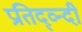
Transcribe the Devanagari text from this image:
प्रतिद्व्न्दी